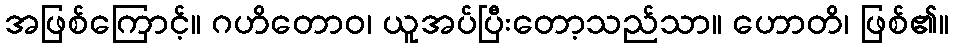
အဖြစ်ကြောင့်။ ဂဟိတောဝ၊ ယူအပ်ပြီးတော့သည်သာ။ ဟောတိ၊ ဖြစ်၏။